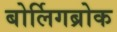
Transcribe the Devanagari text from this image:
बोर्लिगब्रोक